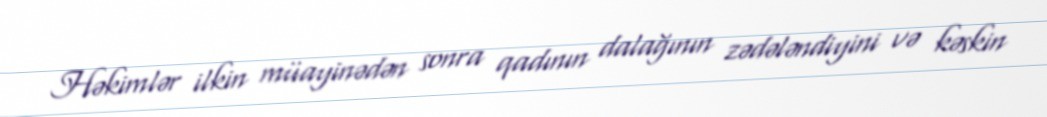
Həkimlər ilkin müayinədən sonra qadının dalağının zədələndiyini və kəskin